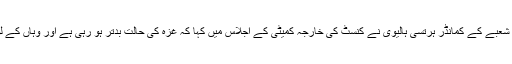
یہ ایسی حالت میں ہے کہ صیہونی فوج کے انفارمیشن شعبے کے کمانڈر ہرتسی ہالیوی نے کنسٹ کی خارجہ کمیٹی کے اجلاس میں کہا کہ غزہ کی حالت بدتر ہو رہی ہے اور وہاں کے لوگوں کا غصہ اسرائیل کے خلاف پھوٹنے ہی والا ہے۔